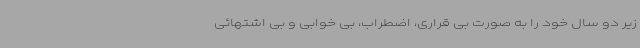
زیر دو سال خود را به صورت بی قراری، اضطراب، بی خوابی و بی اشتهائی